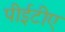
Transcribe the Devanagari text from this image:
पीईटीए